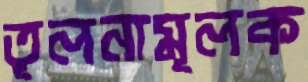
তূলনামূলক